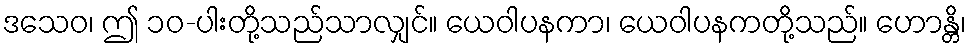
ဒသေဝ၊ ဤ ၁၀-ပါးတို့သည်သာလျှင်။ ယေဝါပနကာ၊ ယေဝါပနကတို့သည်။ ဟောန္တိ၊